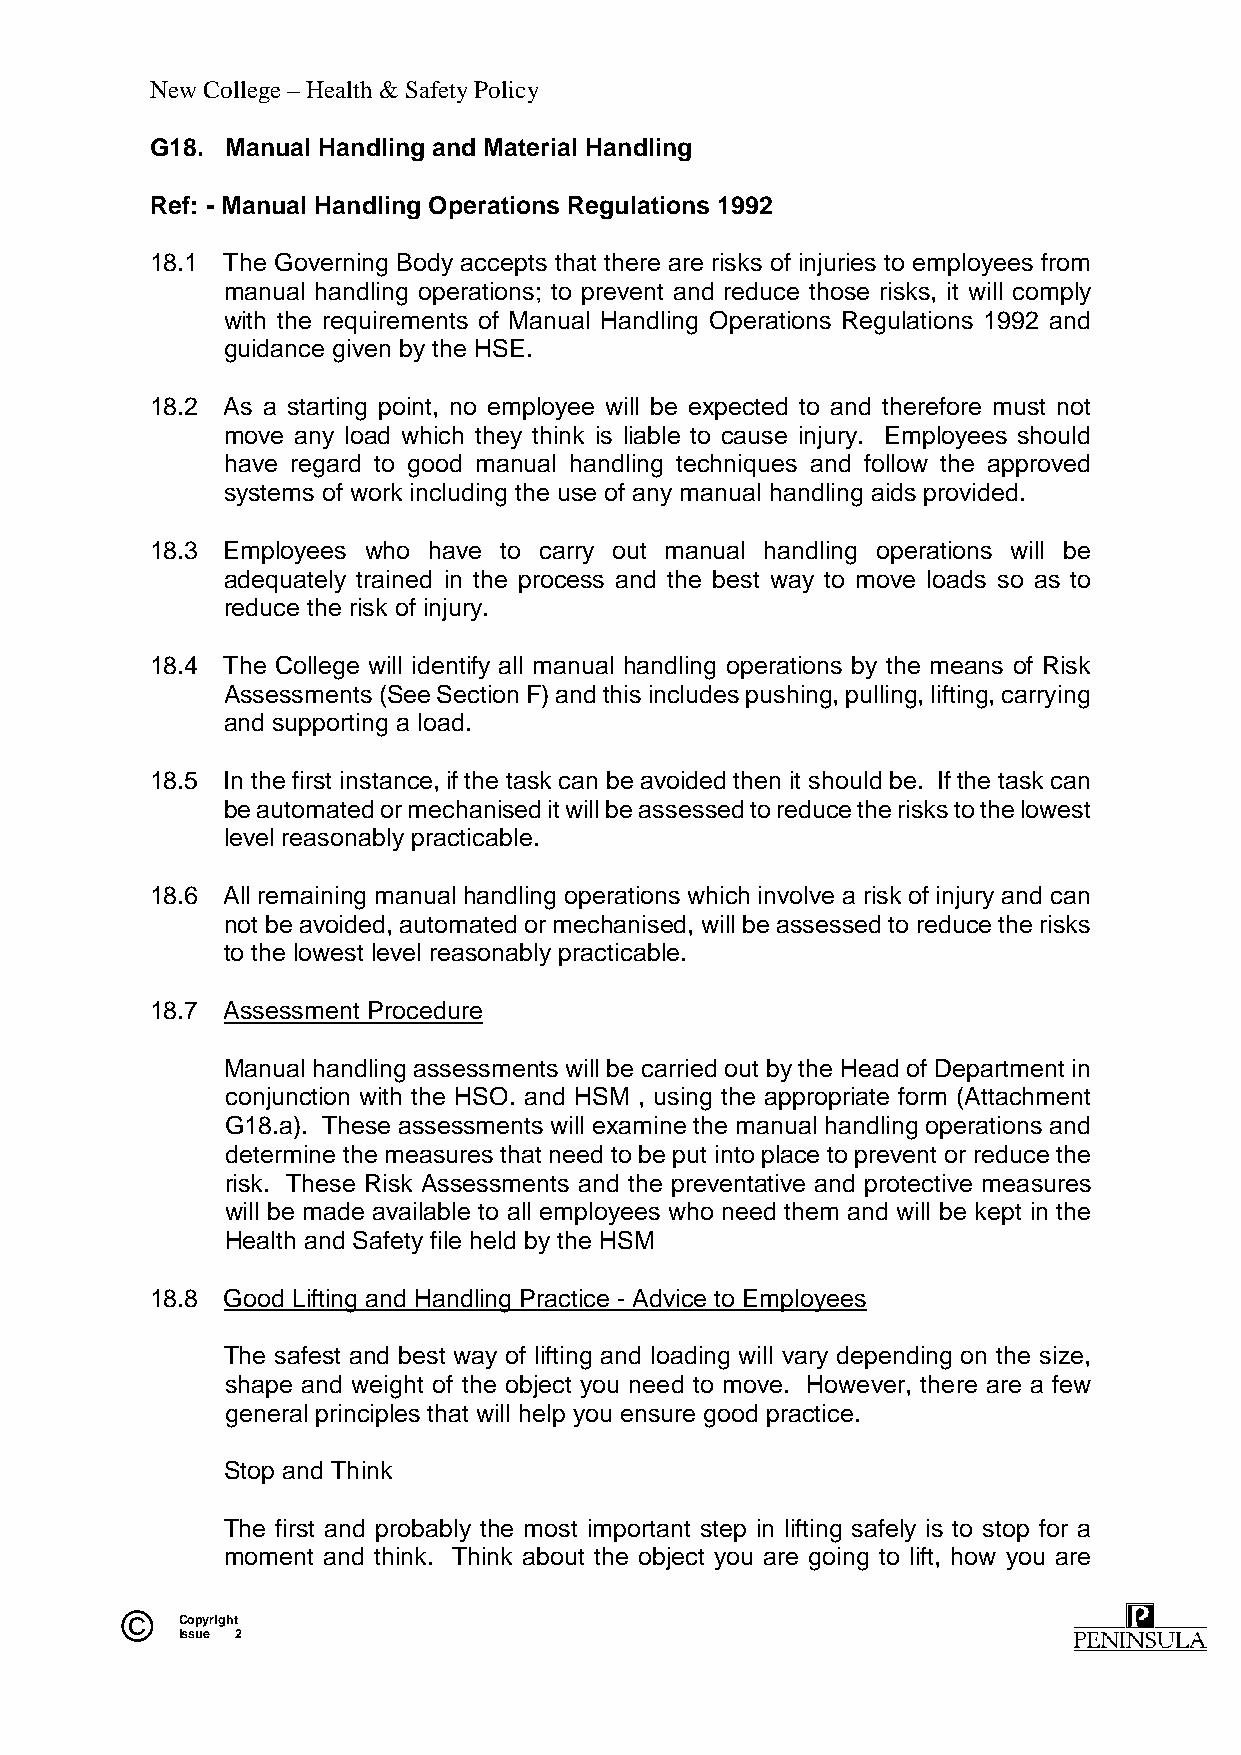
New College – Health & Safety Policy
 G18. Manual Handling and Material Handling
 Ref: - Manual Handling Operations Regulations 1992
 18.1 The Governing Body accepts that there are risks of injuries to employees from
 manual handling operations; to prevent and reduce those risks, it will comply
 with the requirements of Manual Handling Operations Regulations 1992 and
 guidance given by the HSE.
 18.2 As a starting point, no employee will be expected to and therefore must not
 move any load which they think is liable to cause injury. Employees should
 have regard to good manual handling techniques and follow the approved
 systems of work including the use of any manual handling aids provided.
 18.3 Employees who have to carry out manual handling operations will be
 adequately trained in the process and the best way to move loads so as to
 reduce the risk of injury.
 18.4 The College will identify all manual handling operations by the means of Risk
 Assessments (See Section F) and this includes pushing, pulling, lifting, carrying
 and supporting a load.
 18.5 In the first instance, if the task can be avoided then it should be. If the task can
 be automated or mechanised it will be assessed to reduce the risks to the lowest
 level reasonably practicable.
 18.6 All remaining manual handling operations which involve a risk of injury and can
 not be avoided, automated or mechanised, will be assessed to reduce the risks
 to the lowest level reasonably practicable.
 18.7 Assessment Procedure
 Manual handling assessments will be carried out by the Head of Department in
 conjunction with the HSO. and HSM , using the appropriate form (Attachment
 G18.a). These assessments will examine the manual handling operations and
 determine the measures that need to be put into place to prevent or reduce the
 risk. These Risk Assessments and the preventative and protective measures
 will be made available to all employees who need them and will be kept in the
 Health and Safety file held by the HSM
 18.8 Good Lifting and Handling Practice - Advice to Employees
 The safest and best way of lifting and loading will vary depending on the size,
 shape and weight of the object you need to move. However, there are a few
 general principles that will help you ensure good practice.
 Stop and Think
 The first and probably the most important step in lifting safely is to stop for a
 moment and think. Think about the object you are going to lift, how you are
 ©   Copyright
 Issue 2